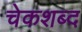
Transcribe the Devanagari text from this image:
चेकशब्द